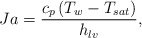
\begin{align*}Ja = \frac{{{c_p}\left( {{T_w} - {T_{sat}}} \right)}}{{{h_{lv}}}},\end{align*}